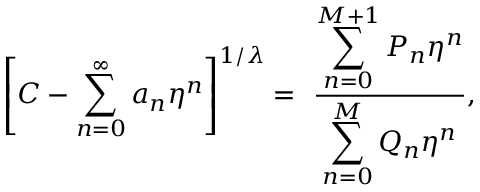
\left[ C - \sum _ { n = 0 } ^ { \infty } a _ { n } \eta ^ { n } \right] ^ { 1 / \lambda } = ~ \frac { \displaystyle \sum _ { n = 0 } ^ { M + 1 } P _ { n } \eta ^ { n } } { \displaystyle \sum _ { n = 0 } ^ { M } Q _ { n } \eta ^ { n } } ,